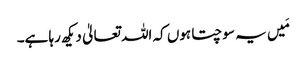
مَیں یہ سوچتا ہوں کہ اللہ تعالیٰ دیکھ رہا ہے۔